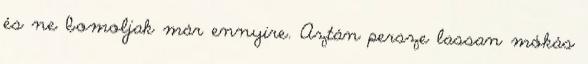
és ne bomoljak már ennyire. Aztán persze lassan mókás